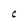
Character: c